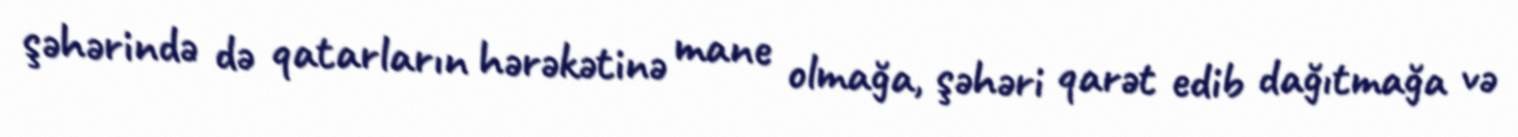
şəhərində də qatarların hərəkətinə mane olmağa, şəhəri qarət edib dağıtmağa və